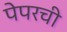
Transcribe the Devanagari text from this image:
पेपरची